Indian journal of veterinary science and animal husbandry - Volumes 15-17, 1948-1951
Year: 1948
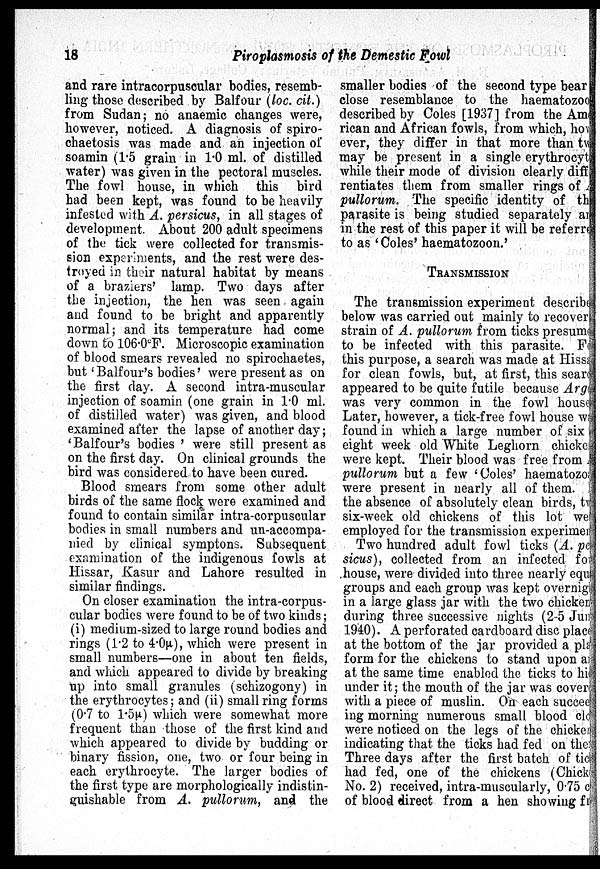
18
Piroplasmosis of the Demestic Fowl
and rare intracorpuscular bodies, resemb-
ling those described by Balfour (loc. cit.)
from Sudan; no anaemic changes were,
however, noticed. A diagnosis of spiro-
chaetosis was made and an injection of
soamin (1.5 grain in 1.0 ml. of distilled
water) was given in the pectoral muscles.
The fowl house, in which this bird
had been kept, was found to be heavily
infested with A. persicus, in all stages of
development. About 200 adult specimens
of the tick were collected for transmis-
sion experiments, and the rest were des-
troyed in their natural habitat by means
of a braziers' lamp. Two days after
the injection, the hen was seen again
and found to be bright and apparently
normal; and its temperature had come
down to 106.0ºF. Microscopic examination
of blood smears revealed no spirochaetes,
but 'Balfour's bodies' were present as on
the first day. A second intra-muscular
injection of soamin (one grain in 1.0 ml.
of distilled water) was given, and blood
examined after the lapse of another day;
'Balfour's bodies' were still present as
on the first day. On clinical grounds the
bird was considered to have been cured.
Blood smears from some other adult
birds of the same flock were examined and
found to contain similar intra-corpuscular
bodies in small numbers and un-accompa-
nied by clinical symptons. Subsequent
examination of the indigenous fowls at
Hissar, Kasur and Lahore resulted in
similar findings.
On closer examination the intra-corpus-
cular bodies were found to be of two kinds;
(i) medium-sized to large round bodies and
rings (1.2 to 4.0µ), which were present in
small numbers—one in about ten fields,
and which appeared to divide by breaking
up into small granules (schizogony) in
the erythrocytes; and (ii) small ring forms
(0.7 to 1.5µ) which were somewhat more
frequent than those of the first kind and
which appeared to divide by budding or
binary fission, one, two or four being in
each erythrocyte. The larger bodies of
the first type are morphologically indistin-
guishable from A. pullorum, and the
smaller bodies of the second type bear
close resemblance to the haematozoo
described by Coles [1937] from the Ame
rican and African fowls, from which, how
ever, they differ in that more than two
may be present in a single erythrocyto
while their mode of division clearly difffe
rentiates them from smaller rings of
pullorum. The specific identity of th
parasite is being studied separately an
in the rest of this paper it will be referre
to as 'Coles' haematozoon.'
TRANSMISSION
The transmission experiment describe
below was carried out mainly to recover
strain of A. pullorum from ticks presume
to be infected with this parasite. For
this purpose, a search was made at Hissa
for clean fowls, but, at first, this sear
appeared to be quite futile because Arg
was very common in the fowl house
Later, however, a tick-free fowl house wa
found in which a large number of six
eight week old White Leghorn chicke
were kept. Their blood was free from
pullorum but a few 'Coles' haematozoa
were present in nearly all of them.
the absence of absolutely clean birds, two
six-week old chickens of this lot we
employed for the transmission experimen
Two hundred adult fowl ticks (A. pe
sicus), collected from an infected fo
house, were divided into three nearly equ
groups and each group was kept overnig
in a large glass jar with the two chicken
during three successive nights (2-5 Jun
1940). A perforated cardboard disc place
at the bottom of the jar provided a pla
form for the chickens to stand upon an
at the same time enabled the ticks to his
under it; the mouth of the jar was coverd
with a piece of muslin. On each succee
ing morning numerous small blood clo
were noticed on the legs of the chicken
indicating that the ticks had fed on then
Three days after the first batch of tic
had fed, one of the chickens (Chick
No. 2) received, intra-muscularly, 0.75 c
of blood direct from a hen showing fr